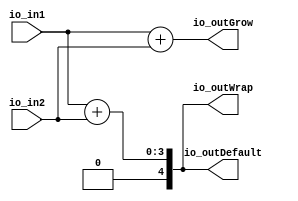
module ContextNestingBottom(
  input  [3:0] io_in1,
  input  [3:0] io_in2,
  output [4:0] io_outDefault,
  output [4:0] io_outWrap,
  output [4:0] io_outGrow
);
  wire [3:0] _T_3 = io_in1 + io_in2; // @[UIntTypeClass.scala 23:22]
  assign io_outDefault = {{1'd0}, _T_3}; // @[UIntTypeClass.scala 23:22]
  assign io_outWrap = {{1'd0}, _T_3}; // @[UIntTypeClass.scala 23:22]
  assign io_outGrow = io_in1 + io_in2; // @[UIntTypeClass.scala 22:22]
endmodule
module ContextNestingBottom_1(
  input  [3:0] io_in1,
  input  [3:0] io_in2,
  output [4:0] io_outDefault,
  output [4:0] io_outWrap,
  output [4:0] io_outGrow
);
  wire [3:0] _T_3 = io_in1 + io_in2; // @[UIntTypeClass.scala 23:22]
  assign io_outDefault = io_in1 + io_in2; // @[UIntTypeClass.scala 22:22]
  assign io_outWrap = {{1'd0}, _T_3}; // @[UIntTypeClass.scala 23:22]
  assign io_outGrow = io_in1 + io_in2; // @[UIntTypeClass.scala 22:22]
endmodule
module ContextNestingTop(
  input        clock,
  input        reset,
  input  [3:0] io_in1,
  input  [3:0] io_in2,
  output [4:0] io_mod1Default,
  output [4:0] io_mod1Wrap,
  output [4:0] io_mod1Grow,
  output [4:0] io_mod2Default,
  output [4:0] io_mod2Wrap,
  output [4:0] io_mod2Grow
);
  wire [3:0] ContextNestingBottom_io_in1; // @[DspContextSpec.scala 107:64]
  wire [3:0] ContextNestingBottom_io_in2; // @[DspContextSpec.scala 107:64]
  wire [4:0] ContextNestingBottom_io_outDefault; // @[DspContextSpec.scala 107:64]
  wire [4:0] ContextNestingBottom_io_outWrap; // @[DspContextSpec.scala 107:64]
  wire [4:0] ContextNestingBottom_io_outGrow; // @[DspContextSpec.scala 107:64]
  wire [3:0] ContextNestingBottom_1_io_in1; // @[DspContextSpec.scala 108:64]
  wire [3:0] ContextNestingBottom_1_io_in2; // @[DspContextSpec.scala 108:64]
  wire [4:0] ContextNestingBottom_1_io_outDefault; // @[DspContextSpec.scala 108:64]
  wire [4:0] ContextNestingBottom_1_io_outWrap; // @[DspContextSpec.scala 108:64]
  wire [4:0] ContextNestingBottom_1_io_outGrow; // @[DspContextSpec.scala 108:64]
  ContextNestingBottom ContextNestingBottom ( // @[DspContextSpec.scala 107:64]
    .io_in1(ContextNestingBottom_io_in1),
    .io_in2(ContextNestingBottom_io_in2),
    .io_outDefault(ContextNestingBottom_io_outDefault),
    .io_outWrap(ContextNestingBottom_io_outWrap),
    .io_outGrow(ContextNestingBottom_io_outGrow)
  );
  ContextNestingBottom_1 ContextNestingBottom_1 ( // @[DspContextSpec.scala 108:64]
    .io_in1(ContextNestingBottom_1_io_in1),
    .io_in2(ContextNestingBottom_1_io_in2),
    .io_outDefault(ContextNestingBottom_1_io_outDefault),
    .io_outWrap(ContextNestingBottom_1_io_outWrap),
    .io_outGrow(ContextNestingBottom_1_io_outGrow)
  );
  assign io_mod1Default = ContextNestingBottom_io_outDefault; // @[DspContextSpec.scala 115:18]
  assign io_mod1Wrap = ContextNestingBottom_io_outWrap; // @[DspContextSpec.scala 116:18]
  assign io_mod1Grow = ContextNestingBottom_io_outGrow; // @[DspContextSpec.scala 117:18]
  assign io_mod2Default = ContextNestingBottom_1_io_outDefault; // @[DspContextSpec.scala 118:18]
  assign io_mod2Wrap = ContextNestingBottom_1_io_outWrap; // @[DspContextSpec.scala 119:18]
  assign io_mod2Grow = ContextNestingBottom_1_io_outGrow; // @[DspContextSpec.scala 120:18]
  assign ContextNestingBottom_io_in1 = io_in1; // @[DspContextSpec.scala 110:15]
  assign ContextNestingBottom_io_in2 = io_in2; // @[DspContextSpec.scala 111:15]
  assign ContextNestingBottom_1_io_in1 = io_in1; // @[DspContextSpec.scala 112:15]
  assign ContextNestingBottom_1_io_in2 = io_in2; // @[DspContextSpec.scala 113:15]
endmodule